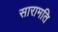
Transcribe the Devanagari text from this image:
सारामति